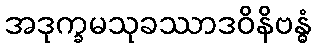
အဒုက္ခမသုခဿာဒဝိနိဗန္ဓံ